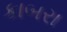
કાબરા